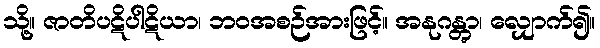
သို့။ ဇာတိပဋိပါဋိယာ၊ ဘဝအစဉ်အားဖြင့်။ အနုဂန္တွာ၊ လျှောက်၍။